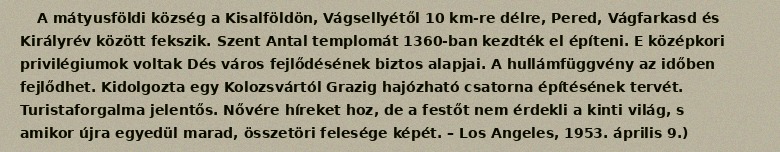
A mátyusföldi község a Kisalföldön, Vágsellyétől 10 km-re délre, Pered, Vágfarkasd és Királyrév között fekszik. Szent Antal templomát 1360-ban kezdték el építeni. E középkori privilégiumok voltak Dés város fejlődésének biztos alapjai. A hullámfüggvény az időben fejlődhet. Kidolgozta egy Kolozsvártól Grazig hajózható csatorna építésének tervét. Turistaforgalma jelentős. Nővére híreket hoz, de a festőt nem érdekli a kinti világ, s amikor újra egyedül marad, összetöri felesége képét. – Los Angeles, 1953. április 9.)